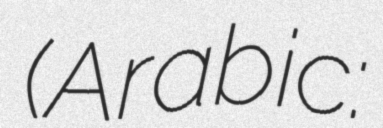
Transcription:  (Arabic: